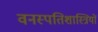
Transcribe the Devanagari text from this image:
वनस्‍पतिशास्‍त्रियों